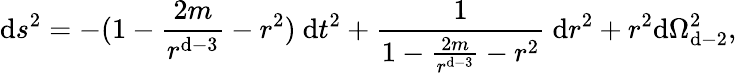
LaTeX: \mathrm{d}s^{2}=-(1-\frac{{2m}}{{r^{\mathrm{d}-3}}}-r^{2})\ \mathrm{d}t^{2}+\frac{{1}}{{1-\frac{{2m}}{{r^{\mathrm{d}-3}}}-r^{2}}}\ \mathrm{d}r^{2}+r^{2}\mathrm{d}\Omega_{\mathrm{d}-2}^{2},